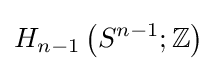
H_{n-1}\left(S^{n-1};\mathbb {Z} \right)